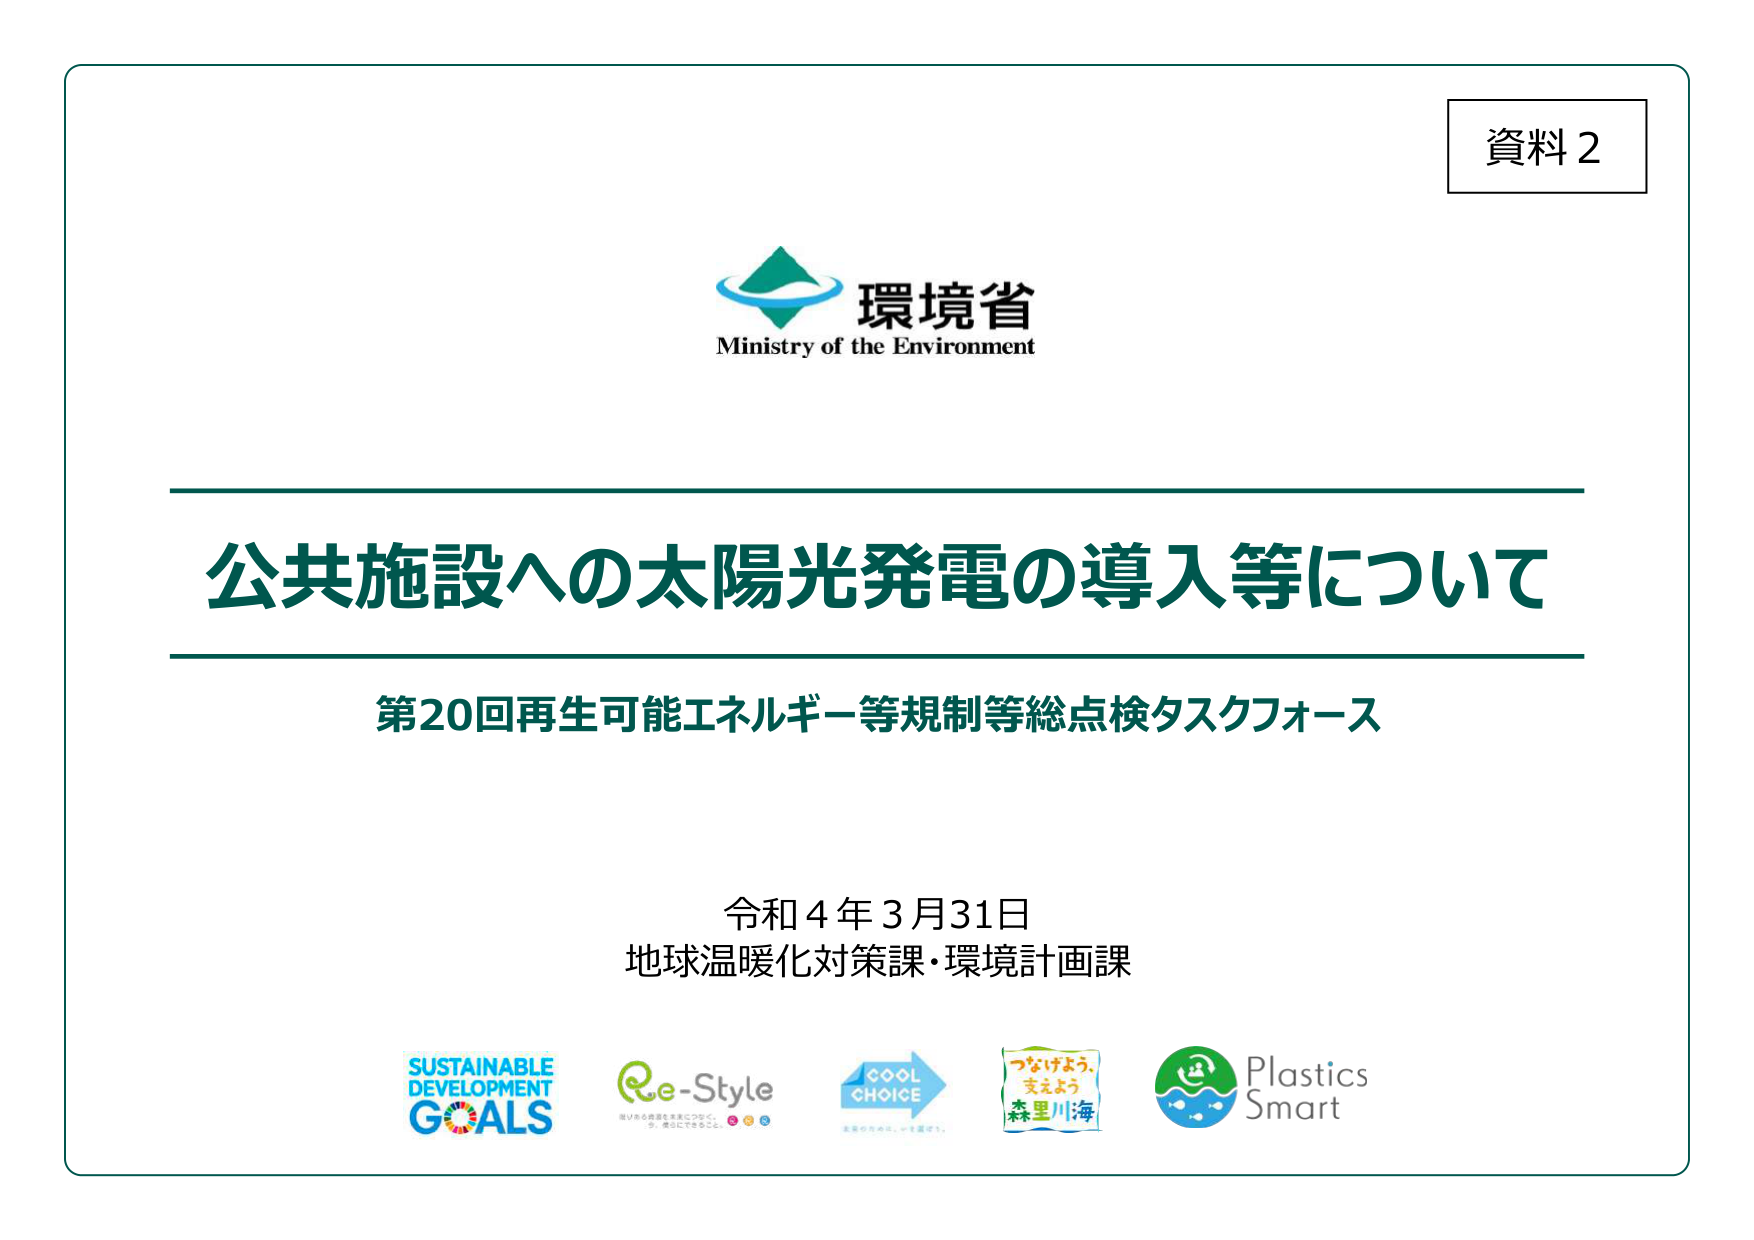
資料2

環境省
Ministry of the Environment

公共施設への太陽光発電の導入等について

第20回再生可能エネルギー等規制等総点検タスクフォース

令和4年3月31日
地球温暖化対策課・環境計画課

SUSTAINABLE
DEVELOPMENT
GOALS

Re-Style
街のあらゆる資源を未来につなぐ、
今、暮らしにできるこ。

COOL
CHOICE
未来のために、いま選ぼう。

つなげよう、
支えよう
森里川海

Plastics
Smart